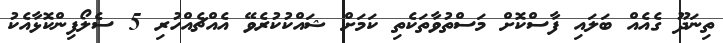
ތިނަދޫ ގެއެއް ބަލައި ފާސްކޮށް މަސްތުވާތަކެތި ކަމަށް ޝައްކުކުރެވޭ އެއްޗެއްހުރި 5 ސެލޯފިންކޮޅާއެކު